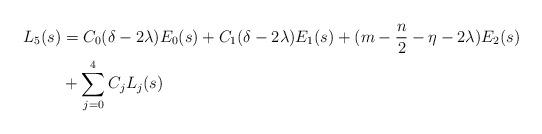
LaTeX: \begin{align*}L_5(s) &= C_0 (\delta-2\lambda) E_0(s)+ C_1 (\delta-2\lambda) E_1(s) + (m-\frac{n}{2}-\eta-2\lambda) E_2(s) \\&+ \sum_{j=0}^4 C_j L_j(s)\end{align*}